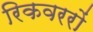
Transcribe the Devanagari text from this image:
रिकवररों